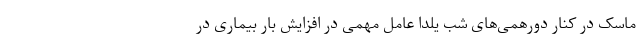
ماسک در کنار دورهمی‌های شب یلدا عامل مهمی در افزایش بار بیماری در